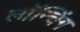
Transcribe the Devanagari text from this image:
लाॅन्चिंग